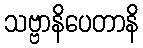
သဗ္ဗာနိပေတာနိ